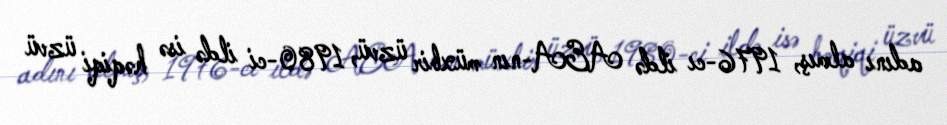
adını almış, 1976-cı ildə AEA-nın müxbir üzvü, 1980-ci ildə isə həqiqi üzvü